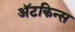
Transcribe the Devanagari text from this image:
अॅटकिन्स